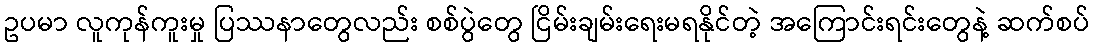
ဥပမာ လူကုန်ကူးမှု ပြဿနာတွေလည်း စစ်ပွဲတွေ ငြိမ်းချမ်းရေးမရနိုင်တဲ့ အကြောင်းရင်းတွေနဲ့ ဆက်စပ်